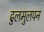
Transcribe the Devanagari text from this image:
ढुलमुलपन